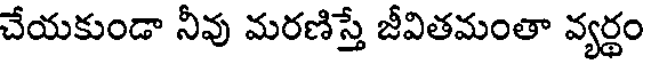
చేయకుండా నీవు మరణిస్తే జీవితమంతా వ్యర్థం